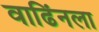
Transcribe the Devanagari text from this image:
वाढिंनला